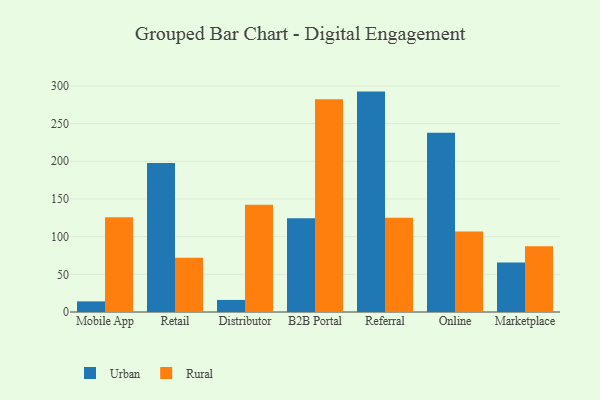
{"axis": {"x": "Channel", "y": "Backlog"}, "legend": ["Rural", "Urban"], "data": [{"x": "Mobile App", "y": 14.1, "type": "Urban"}, {"x": "Mobile App", "y": 125.6, "type": "Rural"}, {"x": "Retail", "y": 197.7, "type": "Urban"}, {"x": "Retail", "y": 72.0, "type": "Rural"}, {"x": "Distributor", "y": 16.0, "type": "Urban"}, {"x": "Distributor", "y": 142.3, "type": "Rural"}, {"x": "B2B Portal", "y": 124.5, "type": "Urban"}, {"x": "B2B Portal", "y": 282.2, "type": "Rural"}, {"x": "Referral", "y": 292.4, "type": "Urban"}, {"x": "Referral", "y": 124.9, "type": "Rural"}, {"x": "Online", "y": 237.8, "type": "Urban"}, {"x": "Online", "y": 106.7, "type": "Rural"}, {"x": "Marketplace", "y": 65.8, "type": "Urban"}, {"x": "Marketplace", "y": 87.1, "type": "Rural"}]}